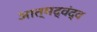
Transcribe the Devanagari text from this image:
आत्मद्वंद्व